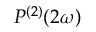
P ^ { ( 2 ) } ( 2 \omega )